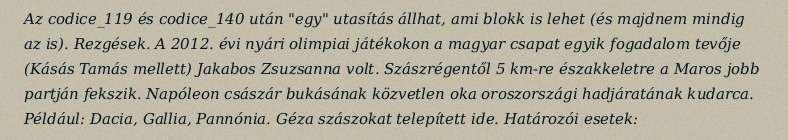
Az codice_119 és codice_140 után "egy" utasítás állhat, ami blokk is lehet (és majdnem mindig az is). Rezgések. A 2012. évi nyári olimpiai játékokon a magyar csapat egyik fogadalom tevője (Kásás Tamás mellett) Jakabos Zsuzsanna volt. Szászrégentől 5 km-re északkeletre a Maros jobb partján fekszik. Napóleon császár bukásának közvetlen oka oroszországi hadjáratának kudarca. Például: Dacia, Gallia, Pannónia. Géza szászokat telepített ide. Határozói esetek: